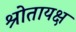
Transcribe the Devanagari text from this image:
श्रोतायक्ष